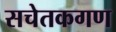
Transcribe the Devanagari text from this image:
सचेतकगण